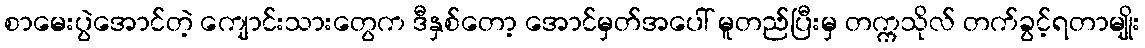
စာမေးပွဲအောင်တဲ့ ကျောင်းသားတွေက ဒီနှစ်တော့ အောင်မှတ်အပေါ် မူတည်ပြီးမှ တက္ကသိုလ် တက်ခွင့်ရတာမျိုး